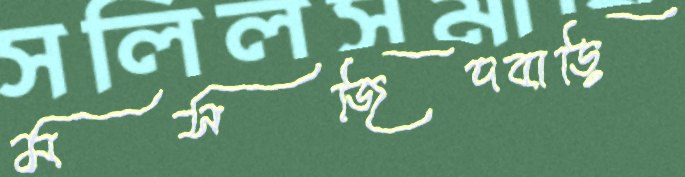
মসজিদবাড়ি